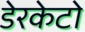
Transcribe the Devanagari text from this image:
डेरकेटो